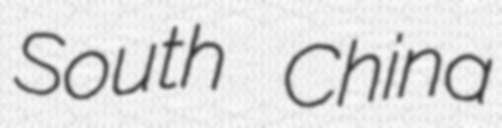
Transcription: South China